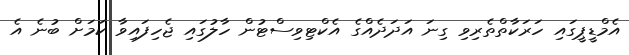
އެމްޑީޕީގައި ހަރަކާތްތެރިވި ގިނަ އަދަދެއްގެ އެކްޓިވިސްޓުން ހާލުގައި ޖެހިފައިވާ ކަމަށް ބުނެ އެ